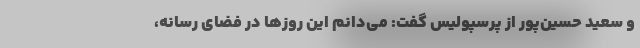
و سعید حسین‌پور از پرسپولیس گفت: می‌دانم این روزها در فضای رسانه،